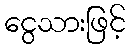
ငွေသားဖြင့်